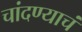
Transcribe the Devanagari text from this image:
चांदण्याचं